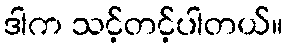
ဒါက သင့်တင့်ပါတယ်။